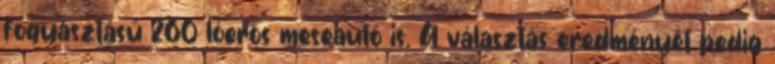
fogyasztású 260 lóerős meseautó is. A választás eredményét pedig